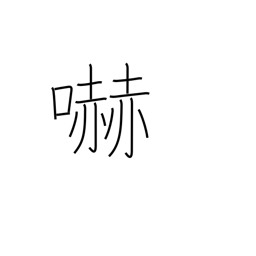
Meaning: menacing